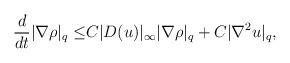
LaTeX: \begin{align*}\frac{d}{dt}|\nabla \rho|_q\leq& C|D( u)|_\infty|\nabla \rho|_q+C|\nabla^2 u|_q,\end{align*}